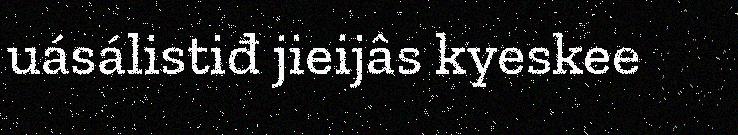
uásálistiđ jieijâs kyeskee